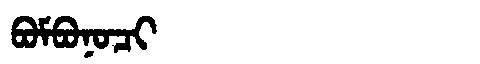
Manchu: ᠪᠣᠮᠪᠣᠨᠣᠴᡳ
Romanization: BOMBONOCI